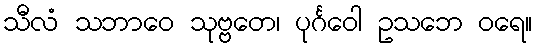
သီလံ သဘာဝေ သုဗ္ဗတေ၊ ပုင်္ဂဝေါ ဥသဘေ ဝရေ။